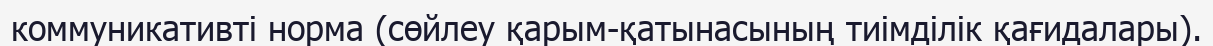
коммуникативті норма (сөйлеу қарым-қатынасының тиімділік қағидалары).